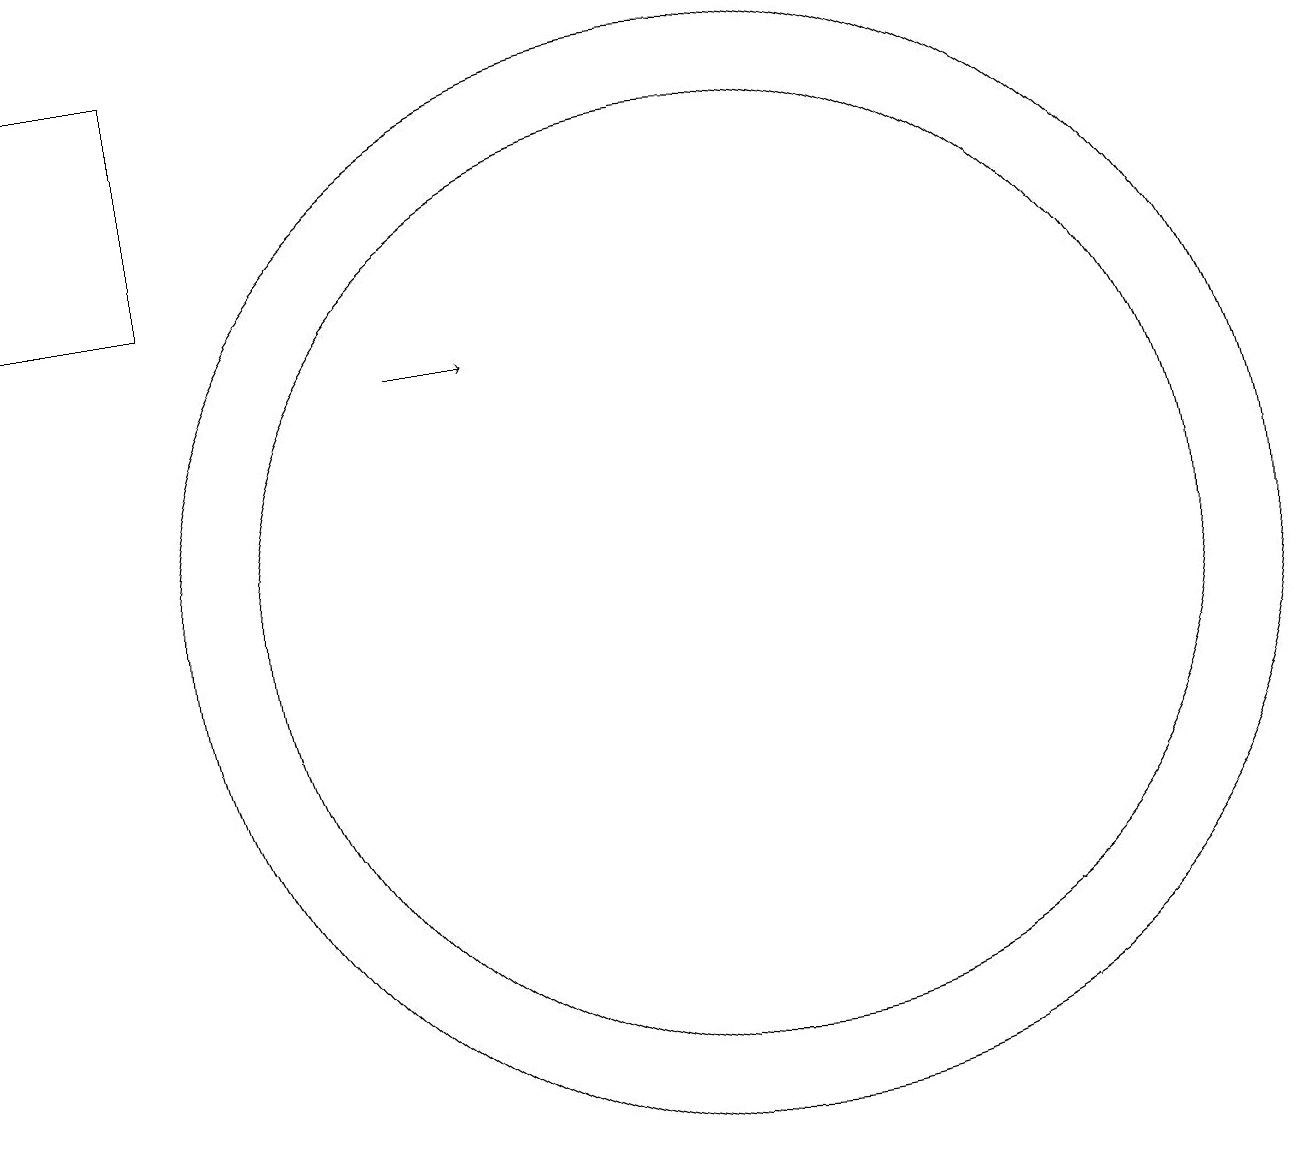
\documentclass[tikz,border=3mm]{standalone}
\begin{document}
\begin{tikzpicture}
\draw (4,18) rectangle (2,15);
\draw (11,11) circle (6);
\draw[->] (7,14) -- (8,14);
\draw (11,11) circle (7);
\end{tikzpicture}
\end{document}